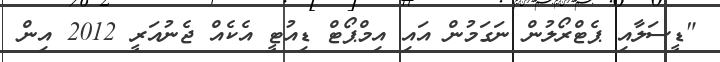
"ޑީސަލާއި ޕެޓްރޯލުން ނަގަމުން އައި އިމްޕޯޓް ޑިއުޓީ އެކެއް ޖެނުއަރީ 2012 އިން